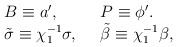
\begin{align*}\left. \begin{array}{ll}B\equiv a',\ \ &P\equiv \phi'. \\\tilde\sigma \equiv \chi_1^{-1}\sigma,\ \ &\tilde\beta \equiv \chi_1^{-1}\beta, \end{array}\right.\end{align*}